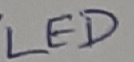
Text: LED